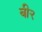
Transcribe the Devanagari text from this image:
बी२